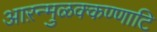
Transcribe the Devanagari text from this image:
आऱन्मुळक्कण्णाटि